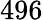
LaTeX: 496